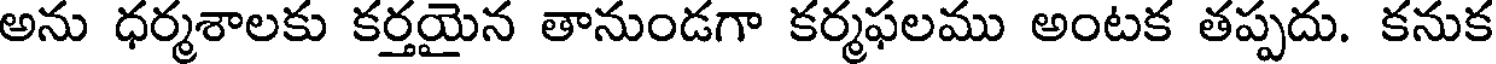
అను ధర్మశాలకు కర్తయైన తానుండగా కర్మఫలము అంటక తప్పదు. కనుక